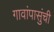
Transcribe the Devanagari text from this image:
गावांपासुंची